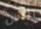
رئيس